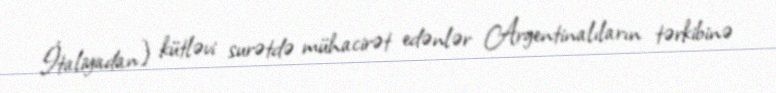
İtaliyadan) kütləvi surətdə mühacirət edənlər Argentinalıların tərkibinə